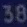
19